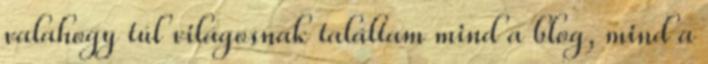
valahogy túl világosnak találtam mind a blog, mind a